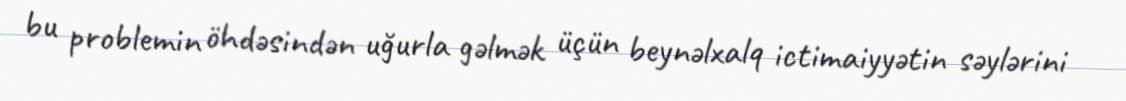
bu problemin öhdəsindən uğurla gəlmək üçün beynəlxalq ictimaiyyətin səylərini